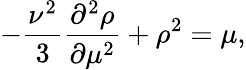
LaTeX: -{\frac{\nu^{2}}{3}}\frac{\partial^{2}\rho}{\partial\mu^{2}}+\rho^{2}=\mu,